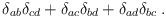
LaTeX: \begin{align*}\delta_{ab}\delta_{cd} + \delta_{ac}\delta_{bd} + \delta_{ad}\delta_{bc} \:.\end{align*}